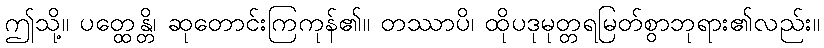
ဤသို့။ ပတ္ထေန္တိ၊ ဆုတောင်းကြကုန်၏။ တဿာပိ၊ ထိုပဒုမုတ္တရမြတ်စွာဘုရား၏လည်း။